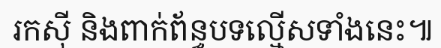
រកស៊ី និងពាក់ព័ន្ធបទល្មើសទាំងនេះ៕